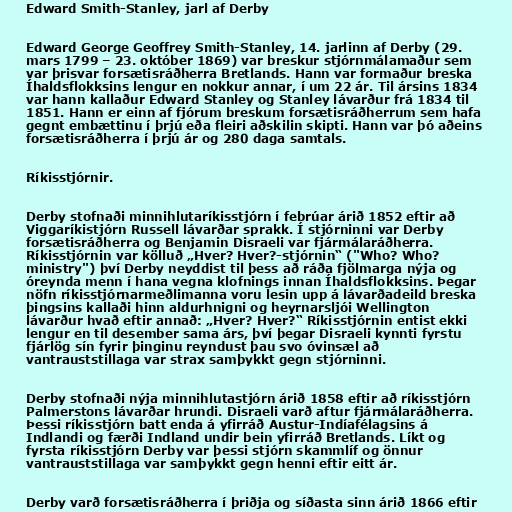
Edward Smith-Stanley, jarl af Derby

Edward George Geoffrey Smith-Stanley, 14. jarlinn af Derby (29.
mars 1799 – 23. október 1869) var breskur stjórnmálamaður sem
var þrisvar forsætisráðherra Bretlands. Hann var formaður breska
Íhaldsflokksins lengur en nokkur annar, í um 22 ár. Til ársins 1834
var hann kallaður Edward Stanley og Stanley lávarður frá 1834 til
1851. Hann er einn af fjórum breskum forsætisráðherrum sem hafa
gegnt embættinu í þrjú eða fleiri aðskilin skipti. Hann var þó aðeins
forsætisráðherra í þrjú ár og 280 daga samtals.

Ríkisstjórnir.

Derby stofnaði minnihlutaríkisstjórn í febrúar árið 1852 eftir að
Viggaríkistjórn Russell lávarðar sprakk. Í stjórninni var Derby
forsætisráðherra og Benjamin Disraeli var fjármálaráðherra.
Ríkisstjórnin var kölluð „Hver? Hver?-stjórnin“ ("Who? Who?
ministry") því Derby neyddist til þess að ráða fjölmarga nýja og
óreynda menn í hana vegna klofnings innan Íhaldsflokksins. Þegar
nöfn ríkisstjórnarmeðlimanna voru lesin upp á lávarðadeild breska
þingsins kallaði hinn aldurhnigni og heyrnarsljói Wellington
lávarður hvað eftir annað: „Hver? Hver?“ Ríkisstjórnin entist ekki
lengur en til desember sama árs, því þegar Disraeli kynnti fyrstu
fjárlög sín fyrir þinginu reyndust þau svo óvinsæl að
vantrauststillaga var strax samþykkt gegn stjórninni.

Derby stofnaði nýja minnihlutastjórn árið 1858 eftir að ríkisstjórn
Palmerstons lávarðar hrundi. Disraeli varð aftur fjármálaráðherra.
Þessi ríkisstjórn batt enda á yfirráð Austur-Indíafélagsins á
Indlandi og færði Indland undir bein yfirráð Bretlands. Líkt og
fyrsta ríkisstjórn Derby var þessi stjórn skammlíf og önnur
vantrauststillaga var samþykkt gegn henni eftir eitt ár.

Derby varð forsætisráðherra í þriðja og síðasta sinn árið 1866 eftir